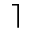
\rceil